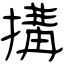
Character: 搆